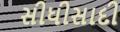
સીધીસાદી